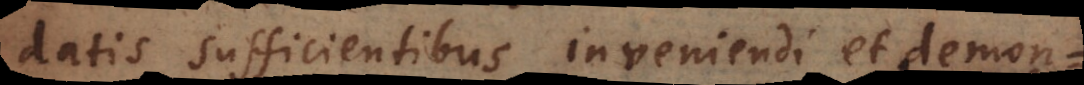
datis sufficientibus inveniendi et demon